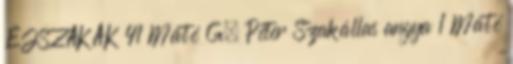
ÉJSZAKÁK 41 Máté G. Péter Szakállas angya 1 Máté